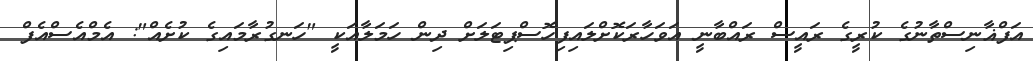
އަފްޣާނިސްތާނުގެ ކުރީގެ ރައީސް ރައްބާނީ އަވަހާރަކޮށްލައިފިހޮސްޕިޓަލަށް ދިން ހަމަލާއަކީ "ހަނގުރާމައިގެ ކުށެއް": އެމްއެސްއެފް